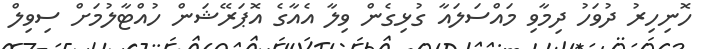
ހޮނިހިރު ދުވަހު ދިމާވި މައްސަލައާ ގުޅިގެން ވިލާ އެއާގެ އޮޕަރޭޝަން ހުއްޓާލުމަށް ސިވިލް